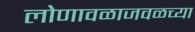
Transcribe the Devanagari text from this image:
लोणावळाजवळच्या